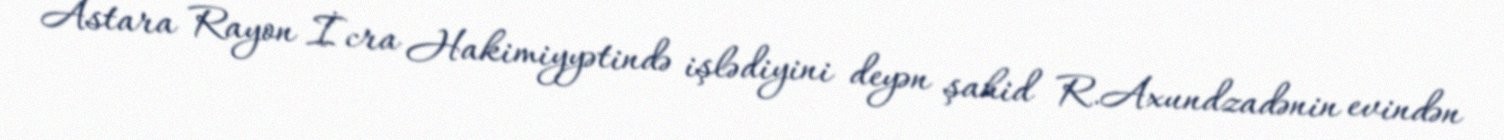
Astara Rayon İcra Hakimiyyətində işlədiyini deyən şahid R.Axundzadənin evindən